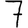
Digit: 7